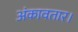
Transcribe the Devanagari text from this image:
अंकावतार।